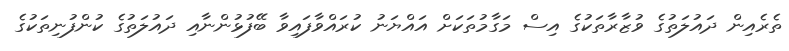
ތެރެއިން ދައުލަތުގެ ވުޒާރާތަކުގެ އިސް މަގާމުތަކަށް އައްޔަނު ކުރައްވާފައިވާ ބޭފުޅުންނާއި ދައުލަތުގެ ކުންފުނިތަކުގެ